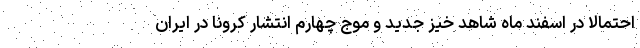
احتمالا در اسفند ماه شاهد خیز جدید و موج چهارم انتشار کرونا در ایران